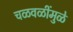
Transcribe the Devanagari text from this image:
चळवळींमुळे